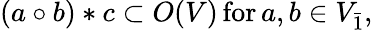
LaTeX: (a\circ b)*c\subset O(V)\, \mathrm{for}\, a,b\in V_{\bar{1}},